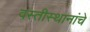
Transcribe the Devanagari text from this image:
वस्तीस्थानांचे